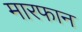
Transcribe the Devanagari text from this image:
मारफान